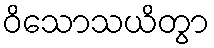
ဝိသောသယိတွာ